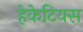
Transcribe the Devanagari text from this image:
हेकेटियस